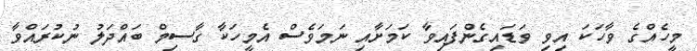
މީހެއްގެ ވާހަކަ އިވި ވަޑައިގެންފައިވާ ކަމަށާއި ނަމަވެސް އެމީހަކާ ގާސިމް ބައްދަލު ނުކުރައްވާ